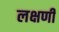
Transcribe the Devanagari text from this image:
लक्षणी